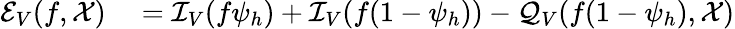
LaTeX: \begin{array}{rl}{\mathcal{E}_{V}(f,\mathcal{X})}&{{}=\mathcal{I}_{V}(f\psi_{h})+\mathcal{I}_{V}(f(1-\psi_{h}))-\mathcal{Q}_{V}(f(1-\psi_{h}),\mathcal{X})}\end{array}